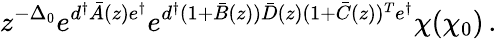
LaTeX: z^{-\Delta_{0}}e^{d^{\dagger}\bar{A}(z)e^{\dagger}}e^{d^{\dagger}(1+\bar{B}(z))\bar{D}(z)(1+\bar{C}(z))^{T}e^{\dagger}}\chi(\chi_{0})\, .